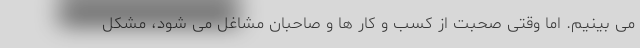
می بینیم. اما وقتی صحبت از کسب و کار ها و صاحبان مشاغل می شود، مشکل